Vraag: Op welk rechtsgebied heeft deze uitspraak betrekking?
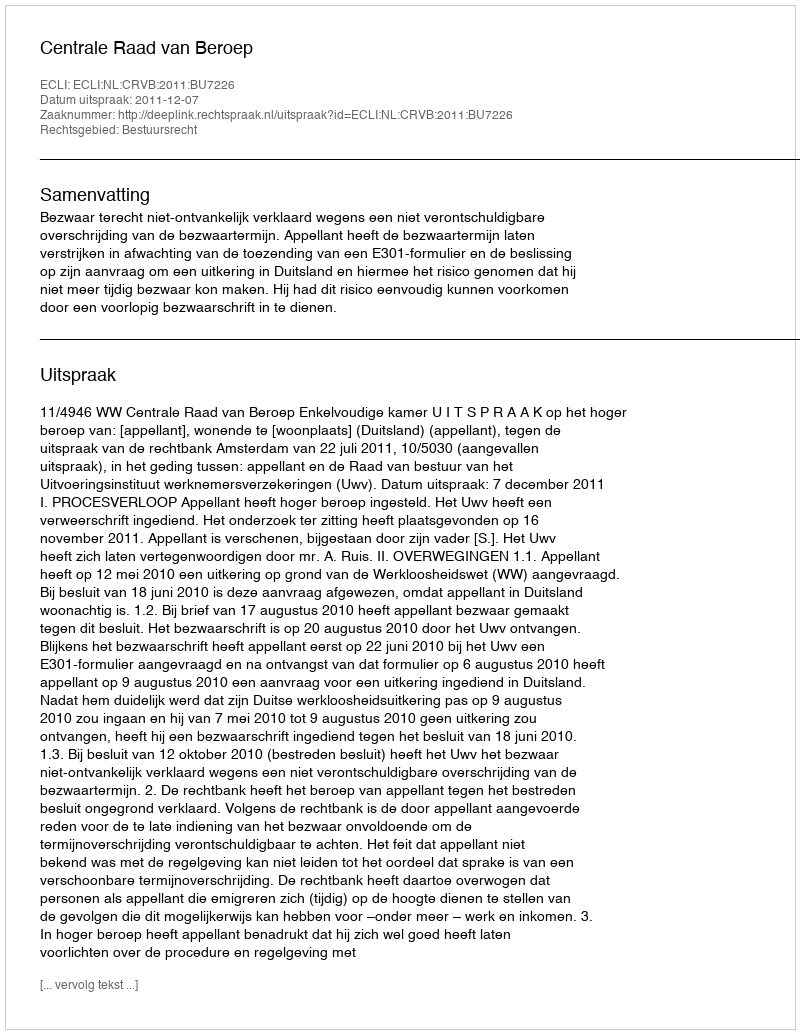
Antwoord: Bestuursrecht